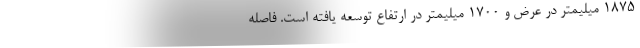
1875 میلیمتر در عرض و 1700 میلیمتر در ارتفاع توسعه یافته است. فاصله